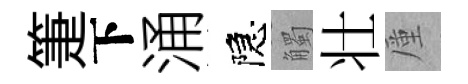
箑下涌隠觸壮厪